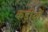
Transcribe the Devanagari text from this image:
कड़ीयों